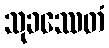
သုခဿေတံ